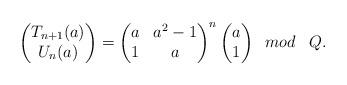
LaTeX: \begin{align*}\begin{pmatrix} T_{n+1}(a) \cr U_{n}(a) \end{pmatrix}= \begin{pmatrix} a & a^2-1 \cr 1 & a \end{pmatrix}^{n} \begin{pmatrix} a \cr 1 \end{pmatrix}\;\; mod \;\;\; Q.\end{align*}